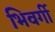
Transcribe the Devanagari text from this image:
भिवर्गी